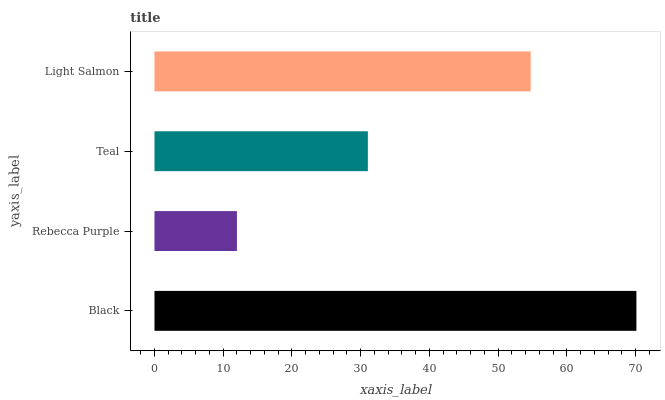
| yaxis_label | bars |
 | --- | --- |
 | Black | 70.1 |
 | Rebecca Purple | 12 |
 | Teal | 31.1 |
 | Light Salmon | 54.7 |